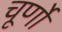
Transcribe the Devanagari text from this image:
चूर्णो